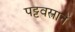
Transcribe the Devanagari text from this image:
पट्टवस्त्रानें